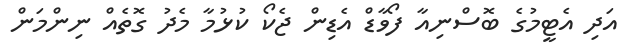
އަދި އެޓީމުގެ ބޮސްނިއާ ފޯވާޑް އެޑިން ޖެކޯ ކުޅުމާ މެދު ގޮތެއް ނިންމަން